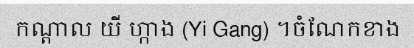
កណ្តាល យី ហ្កាង (Yi Gang) ។ចំណែកខាង